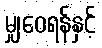
မျှဝေရန်နှင့်